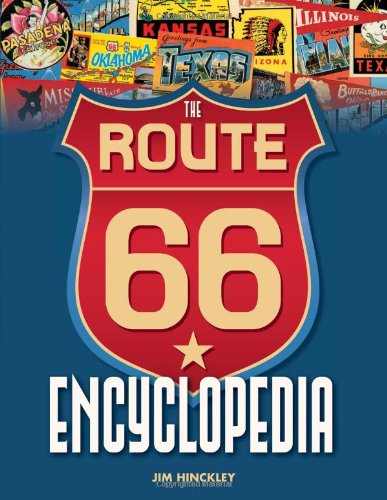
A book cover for The Route 66 Encyclopedia; Jim Hinckley; Travel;